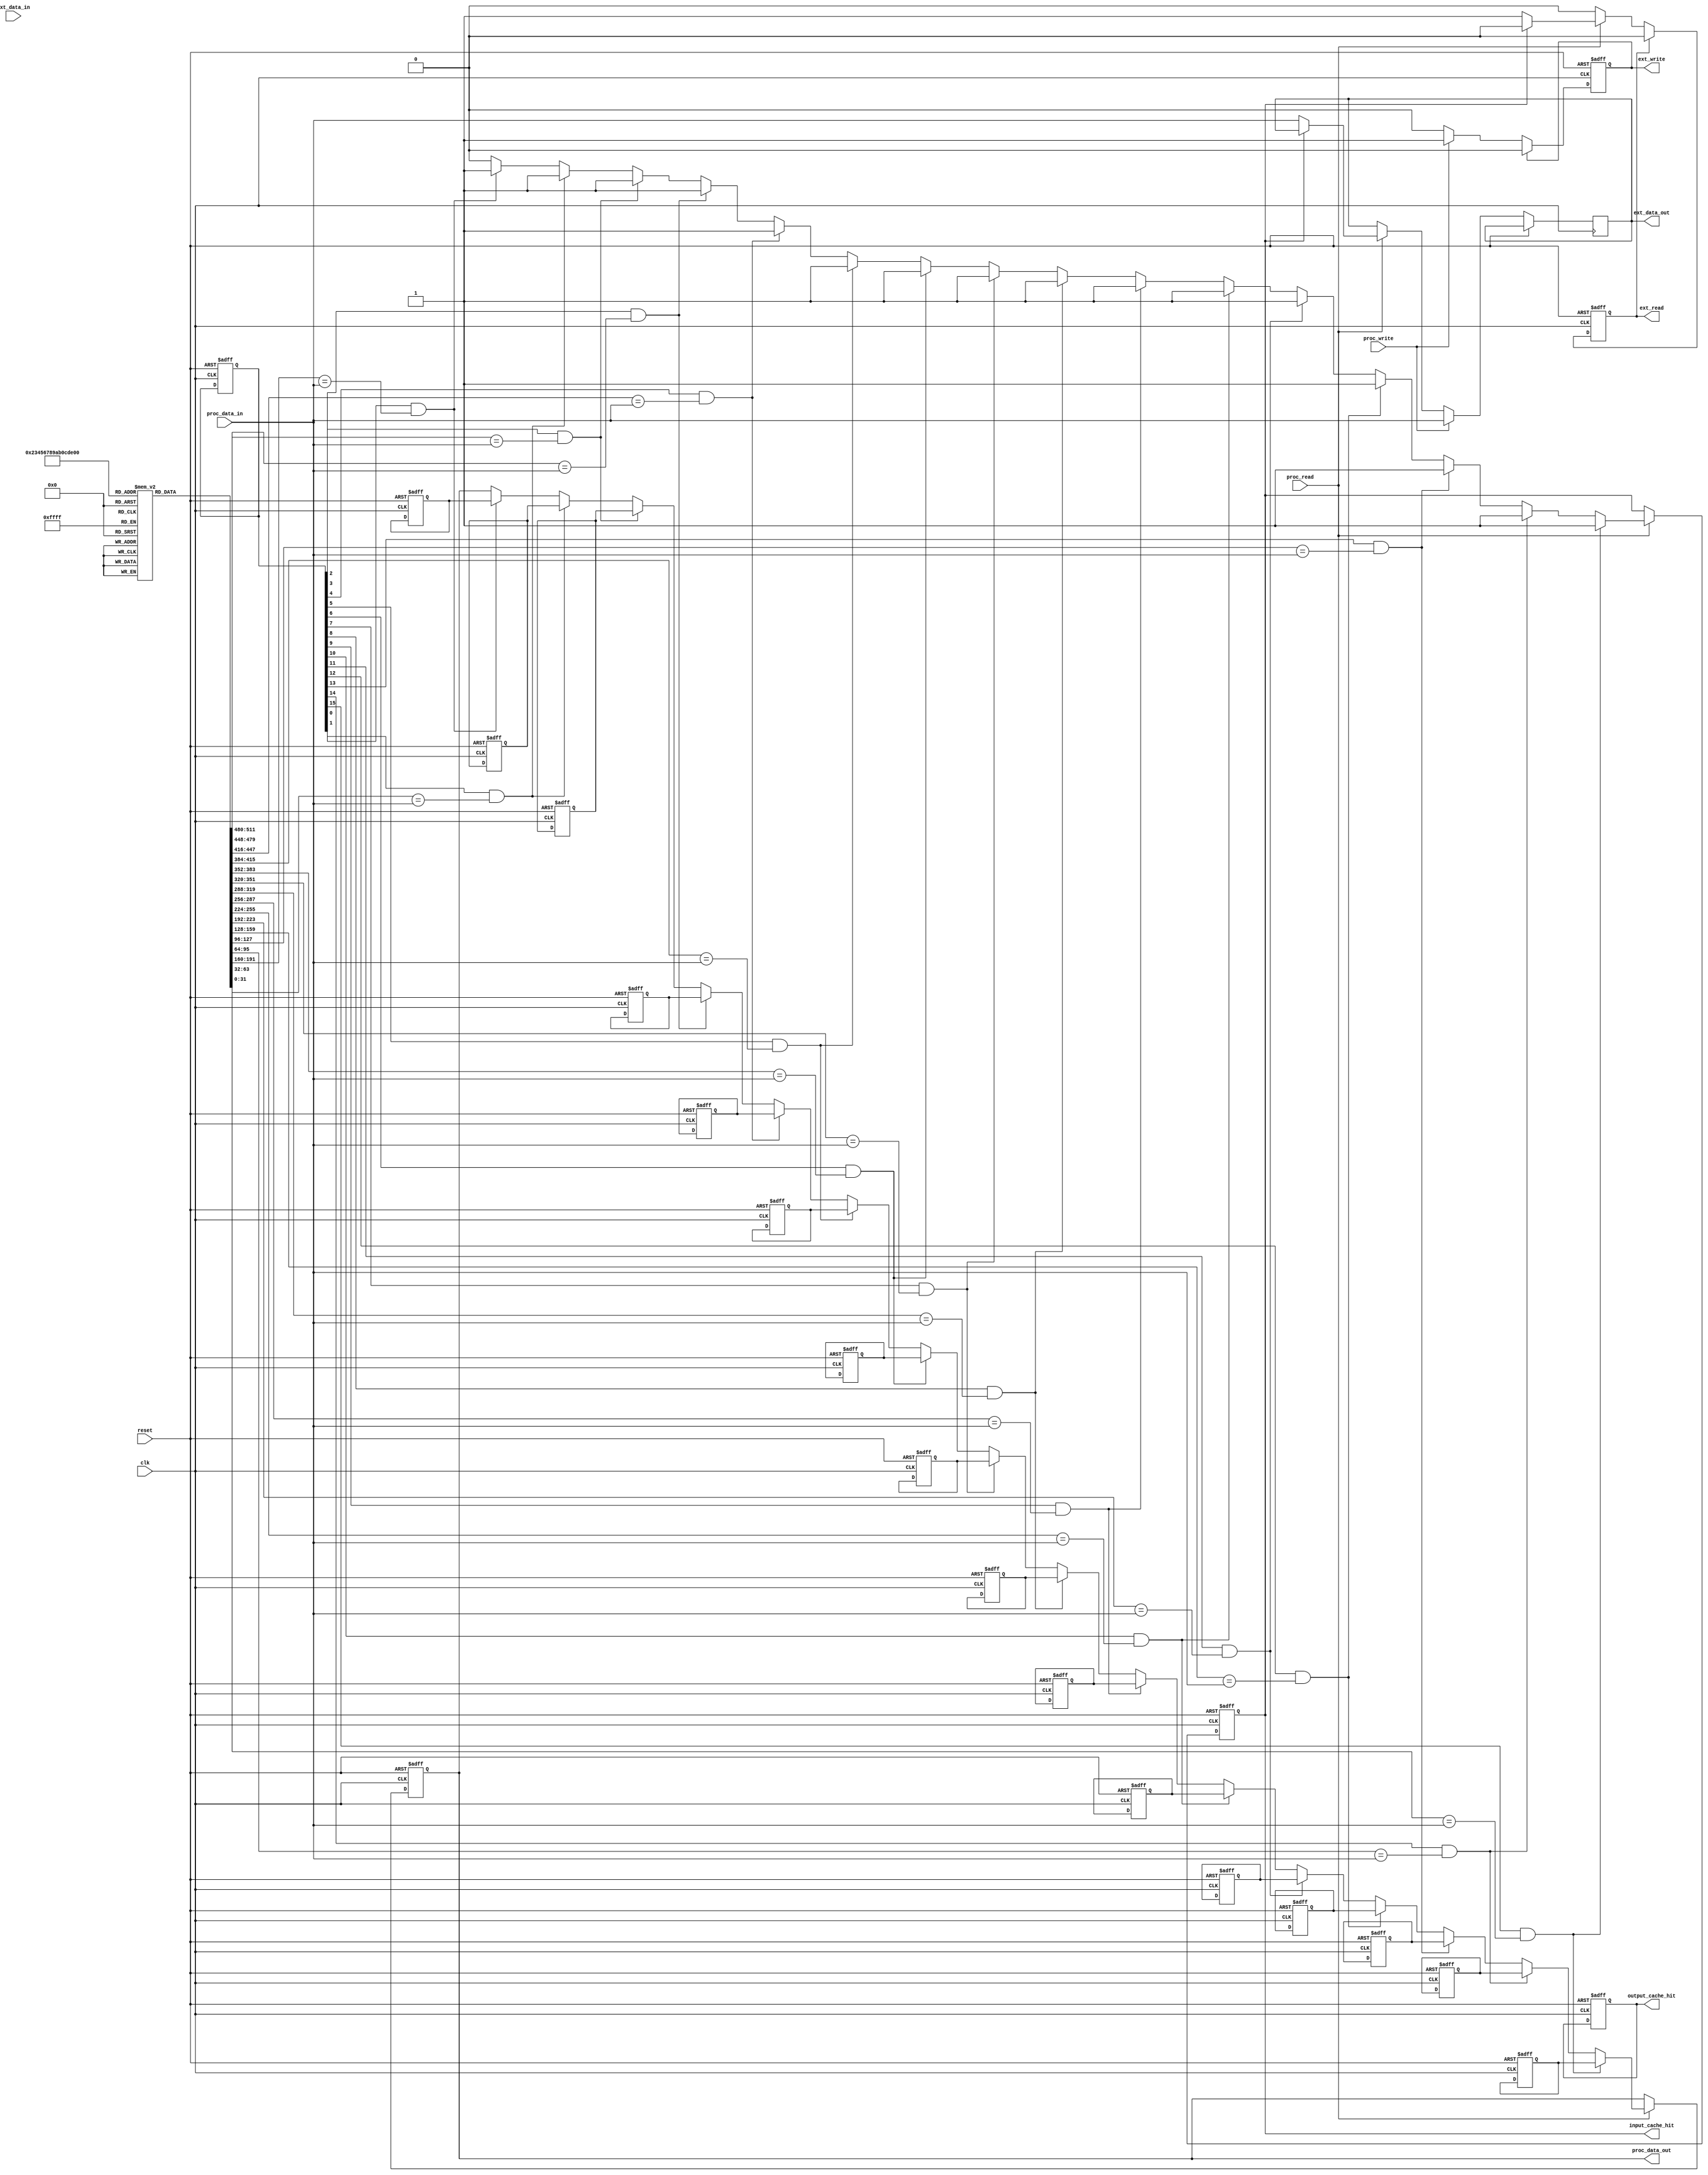
module io_block_with_cache #(
    parameter DATA_WIDTH = 32,
    parameter CACHE_DEPTH = 16
)(
    input wire clk,
    input wire reset,
    
    // Processor Interface
    input wire [DATA_WIDTH-1:0] proc_data_in,
    output reg [DATA_WIDTH-1:0] proc_data_out,
    input wire proc_read,
    input wire proc_write,
    
    // External Memory Interface
    output reg [DATA_WIDTH-1:0] ext_data_out,
    input wire [DATA_WIDTH-1:0] ext_data_in,
    output reg ext_read,
    output reg ext_write,
    
    // Cache Status
    output reg input_cache_hit,
    output reg output_cache_hit
);

    // Input Cache
    reg [DATA_WIDTH-1:0] input_cache [0:CACHE_DEPTH-1];
    reg [DATA_WIDTH-1:0] input_cache_tags [0:CACHE_DEPTH-1];
    reg [CACHE_DEPTH-1:0] input_cache_valid;
    
    // Output Cache
    reg [DATA_WIDTH-1:0] output_cache [0:CACHE_DEPTH-1];
    reg [DATA_WIDTH-1:0] output_cache_tags [0:CACHE_DEPTH-1];
    reg [CACHE_DEPTH-1:0] output_cache_valid;

    // Cache Control Logic
    integer i;
    always @(posedge clk or posedge reset) begin
        if (reset) begin
            // Initialize caches
            for (i = 0; i < CACHE_DEPTH; i = i + 1) begin
                input_cache[i] <= 0;
                output_cache[i] <= 0;
                input_cache_valid[i] <= 0;
                output_cache_valid[i] <= 0;
            end
            proc_data_out <= 0;
            ext_read <= 0;
            ext_write <= 0;
            input_cache_hit <= 0;
            output_cache_hit <= 0;
        end else begin
            // Handle Processor Read
            if (proc_read) begin
                // Check input cache for hit
                input_cache_hit <= 0;
                for (i = 0; i < CACHE_DEPTH; i = i + 1) begin
                    if (input_cache_valid[i] && (input_cache_tags[i] == proc_data_in)) begin
                        proc_data_out <= input_cache[i];
                        input_cache_hit <= 1;
                    end
                end
                
                // If miss, read from external memory
                if (!input_cache_hit) begin
                    ext_read <= 1;
                    ext_data_out <= proc_data_in; // Address mapping can be added here
                end
            end
            
            // Handle Processor Write
            if (proc_write) begin
                // Write to output cache
                output_cache[0] <= proc_data_in; // Simple write-back to cache
                output_cache_valid[0] <= 1; // Mark cache as valid
                output_cache_tags[0] <= proc_data_in; // Tagging can be improved
                
                // Write to external memory
                ext_write <= 1;
                ext_data_out <= proc_data_in; // Address mapping can be added here
            end

            // Manage external read/write signals
            if (ext_read) begin
                // Simulate reading data from external memory
                ext_read <= 0; // Clear the read signal
                // Logic to handle incoming data can be added here
            end
            
            if (ext_write) begin
                ext_write <= 0; // Clear the write signal
                // Logic to handle outgoing data can be added here
            end
        end
    end
endmodule